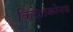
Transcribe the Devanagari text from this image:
किरेटोकोनस